Circular to school boards. Audit of accounts, 1910
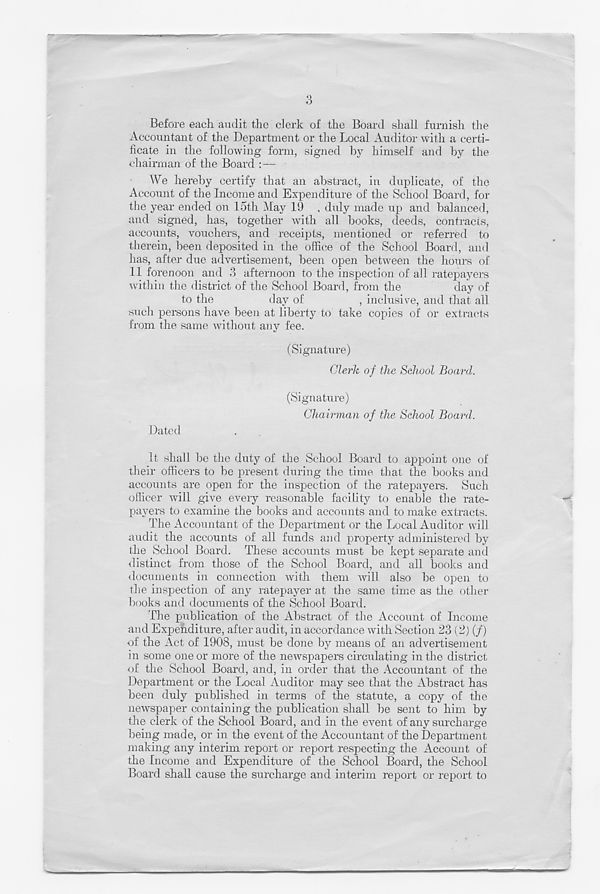
Before each audit the clerk of the Board shall furnish the
Accountant of the Department or the Local Auditor with a certi-
ficate in the following form, signed by himself and by the
chairman of the Board : —
We hereby certify that an abstract, in duplicate, of the
Account of the Income and Expenditure of the School Board, for
the year ended on 15th May 19 , duly made up and balanced,
and signed, has, together with all books, deeds, contracts,
accounts, vouchers, and receipts, mentioned or referred to
therein, been deposited in the office of the School Board, and
has, after due advertisement, been open between the hours of
11 forenoon and 3 afternoon to the inspection of all ratepayers
within the district of the School Board, from the
day of
to the
day of
, inclusive, and that all
such persons have been at liberty to take copies of or extracts
from the same without any fee.
(Signature)
Clerk of the School Board.
(Signature)
Chairman of the School Board.
Dated
It shall be the duty of the School Board to appoint one of
their officers to be present during the time that the books and
accounts are open for the inspection of the ratepayers. Such
officer will give every reasonable facility to enable the rate-
payers to examine the books and accounts and to make extracts.
The Accountant of the Department or the Local Auditor will
audit the accounts of all funds and property administered by
the School Board. These accounts must be kept separate and
distinct from those of the School Board, and all books and
documents in connection with them Avill also be open to
the inspection of any ratepayer at the same time as the other
books and documents of the School Board.
The publication of the Abstract of the Account of Income
and Expenditure, after audit, in accordance with Section 23 (2) (/)
of the Act of 1908, must be done by means of an advertisement
in some one or more of the newspapers circulating in the district
of the School Board, and, in order that the Accountant of the
Department or the Local Auditor may see that the Abstract has
been duly published in terms of the statute, a copy of the
newspaper containing the publication shall be sent to him by
the clerk of the School Board, and in the event of any surcharge
being made, or in the event of the Accountant of the Department
making any interim report or report respecting the Account of
the Income and Expenditure of the School Board, the School
Board shall cause the surcharge and interim report or report to